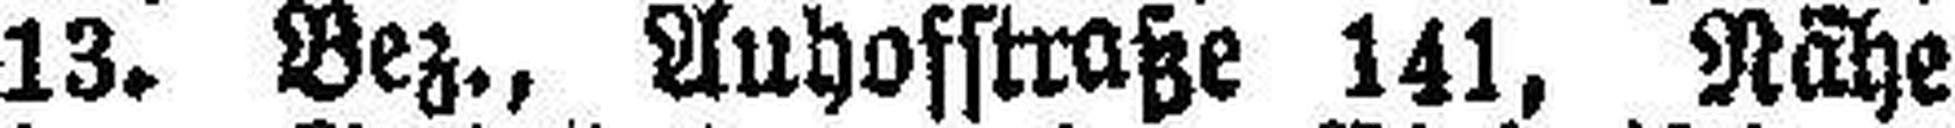
13. Bez., Auhosstraße 141, Nähe